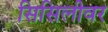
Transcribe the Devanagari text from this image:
सिसिलीवर